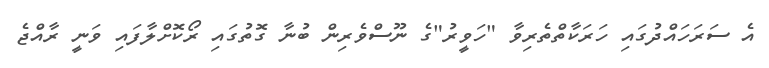
އެ ސަރަހައްދުގައި ހަރަކާތްތެރިވާ "ހަވީރު"ގެ ނޫސްވެރިން ބުނާ ގޮތުގައި ރޯކޮށްލާފައި ވަނީ ރާއްޖެ